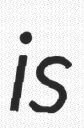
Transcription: is